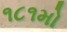
૧૮૧મો